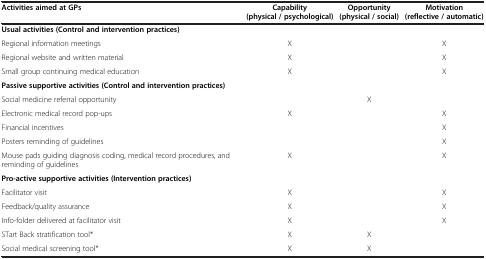
<table><thead><tr><td><b>Activities aimed at GPs</b></td><td><b>Capability (physical / psychological)</b></td><td><b>Opportunity (physical / social)</b></td><td><b>Motivation (reflective / automatic)</b></td></tr></thead><tbody><tr><td colspan="4"><b>Usual activities (Control and intervention practices)</b></td></tr><tr><td>Regional information meetings</td><td>X</td><td> </td><td>X</td></tr><tr><td>Regional website and written material</td><td>X</td><td> </td><td>X</td></tr><tr><td>Small group continuing medical education</td><td>X</td><td> </td><td>X</td></tr><tr><td colspan="4"><b>Passive supportive activities (Control and intervention practices)</b></td></tr><tr><td>Social medicine referral opportunity</td><td> </td><td>X</td><td> </td></tr><tr><td>Electronic medical record pop-ups</td><td>X</td><td> </td><td>X</td></tr><tr><td>Financial incentives</td><td> </td><td> </td><td>X</td></tr><tr><td>Posters reminding of guidelines</td><td> </td><td> </td><td>X</td></tr><tr><td>Mouse pads guiding diagnosis coding, medical record procedures, and reminding of guidelines</td><td>X</td><td> </td><td>X</td></tr><tr><td colspan="4"><b>Pro-active supportive activities (Intervention practices)</b></td></tr><tr><td>Facilitator visit</td><td>X</td><td> </td><td>X</td></tr><tr><td>Feedback/quality assurance</td><td>X</td><td> </td><td>X</td></tr><tr><td>Info-folder delivered at facilitator visit</td><td>X</td><td> </td><td>X</td></tr><tr><td>STart Back stratification tool*</td><td>X</td><td>X</td><td> </td></tr><tr><td>Social medical screening tool*</td><td>X</td><td>X</td><td> </td></tr></tbody></table>